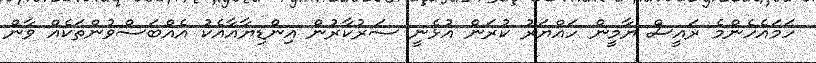
ހަމައެހެންމެ ރައީސް ޔާމީން ހައްޔަރު ކުރަން އުޅެނީ ސަރުކާރުން އިންޑިޔާއާއެކު އެއްބަސްވުންތަކެއް ވާން